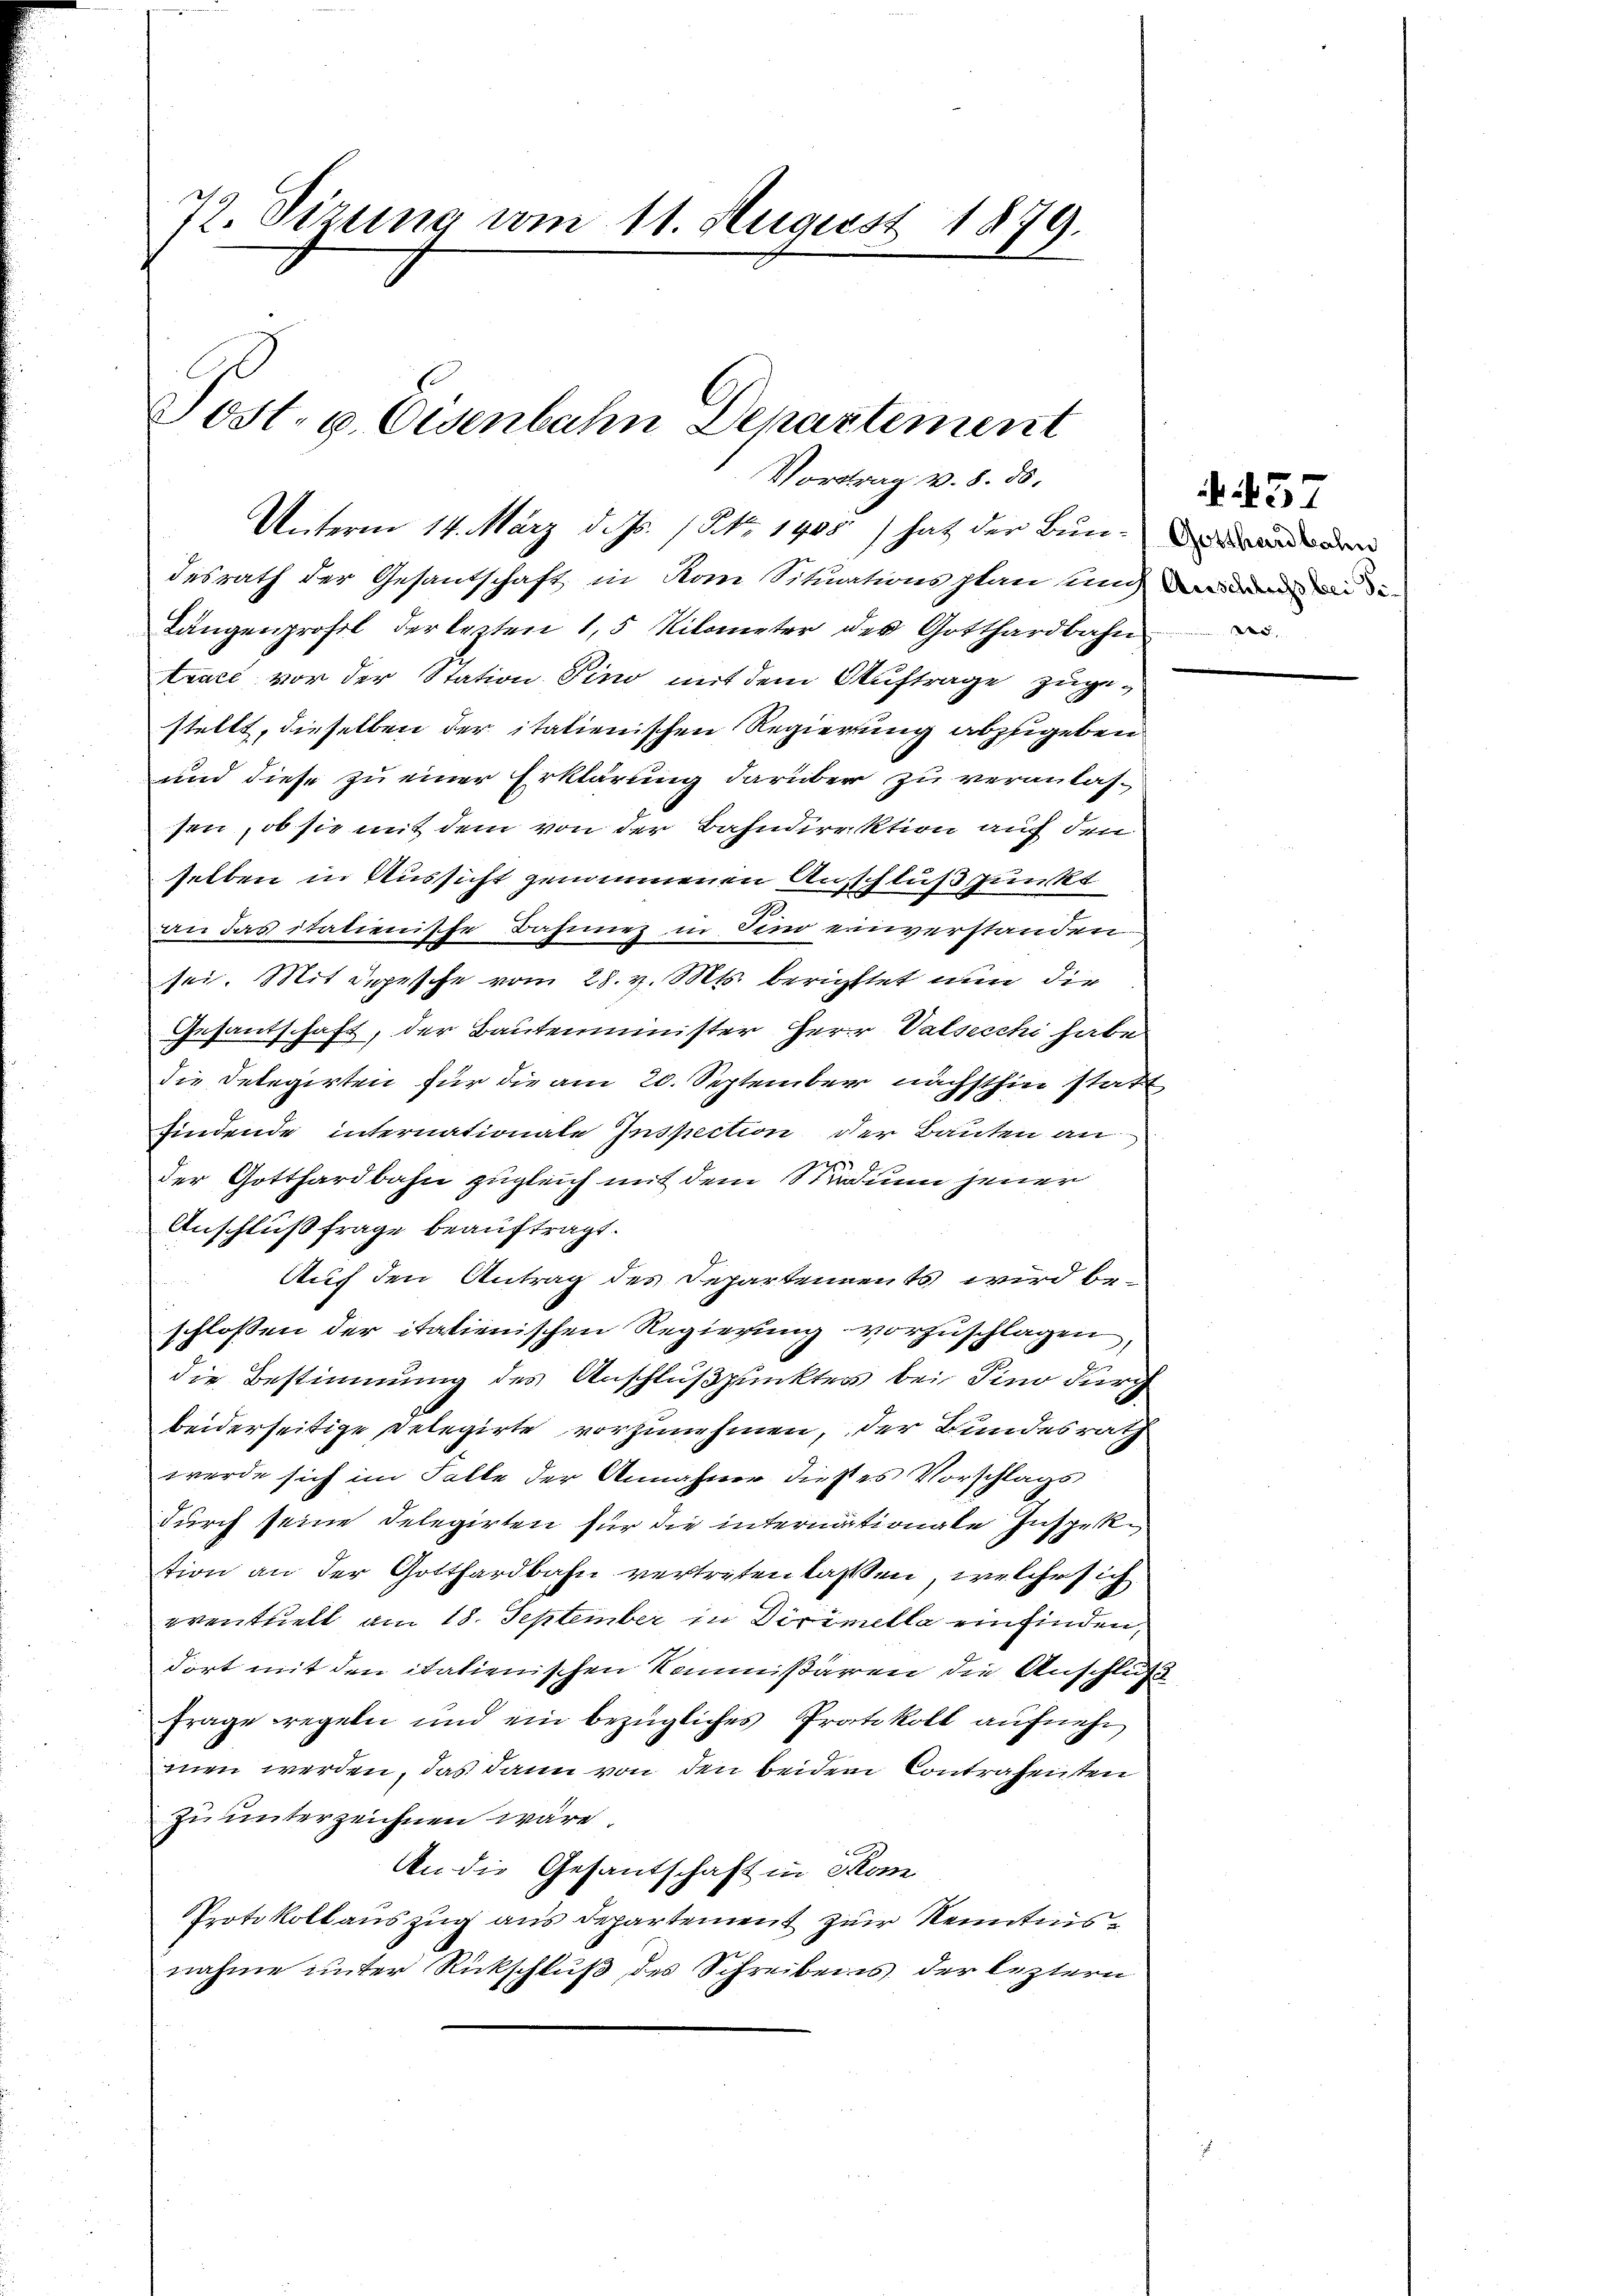
72. Sizung vom 11. August 1879.
Post. g. Eisenbahn Departement

Vortrag v. 8. ds.

Unterm 14. März d. Js. / No. 1905) hat der Bunden
desrath der Gesandschaft in Rom Situationsplan und dem
Längenprofil der lezten 1,5 Kilometer der Gotthardbahn
trael vor der Station sino mit dem Auftrage zugestellt, dieselben der italienischen Regierung abzugeben
und diese zu einer Erklärung darüber zu veranlas-
sen, ob sie mit dem von der Bahndirektion auch den
selben in Aussicht genommenen Anschlußpunkt
Ge
an das italienische Bahnnez in Sind einverstanden.
sei. Mit Depesche vom 28. v. Mts. berichttet nun die
Gesandschaft, der Bautenminister Herr Valsecchi habe
die Delegirten für die am 20. September nächsthin statt
findende internationale Inspection der Bauten an
der Gotthardbahn zugleich mit dem Studium jener
Anschluß frage beauftragt.
Auf den Antrag des Departennents wird beschlossen der itatienischen Regierung vorzuschlagen,
die Bestimmung des Anschlußpunkter bei Sind durch
beiderseitige Relegirte vorzunehmen, der Bundesrath
werde sich im Falle der Annahmer dieses Vorschlags
durch seine Delegirten für die internationale Inspektion an der Gotthardbahn vertreten laßen, welche sich
eventuell am 18. September in Dirimella einfinden,
dort mit den italienischen Kommißaren die Anschluß
Frage regeln und ein bezügliches Protokoll aufnehmen werden, das dann von den beidem Contrahenten
zu unterzeichnen wäre.
An die Gesandschaft in Kom
Protokoll auszug aus departement zur Kenntnisnahme unter Rückschluß des Schreibens der leztern

. 457